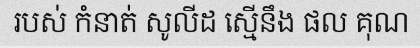
របស់ កំនាត់ សូលីដ ស្មើនឹង ផល គុណ